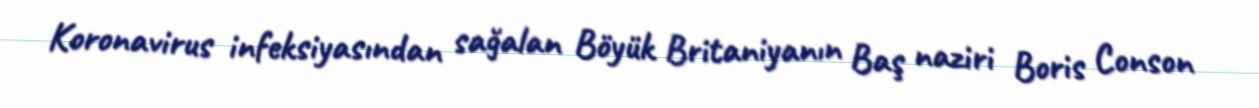
Koronavirus infeksiyasından sağalan Böyük Britaniyanın Baş naziri Boris Conson